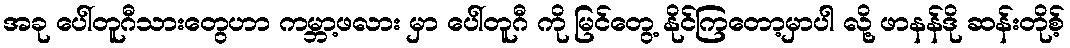
အခု ပေါ်တူဂီသားတွေဟာ ကမ္ဘာ့ဖလား မှာ ပေါ်တူဂီ ကို မြင်တွေ့ နိုင်ကြတော့မှာပါ လို့ ဖာနန်ဒို ဆန်းတိုစ့်